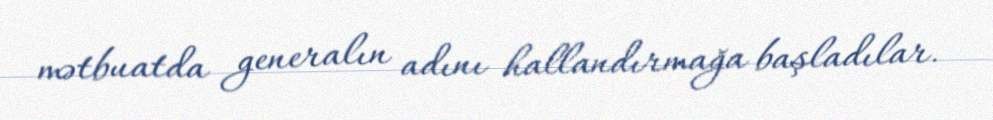
mətbuatda generalın adını hallandırmağa başladılar.